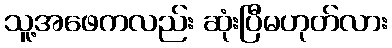
သူ့အဖေကလည်း ဆုံးပြီမဟုတ်လား